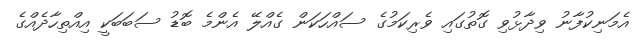
އެމަނިކުފާނު ވިދާޅުވި ގޮތުގައި ވެރިކަމުގެ ސައްހަކަން ގެއްލޭ އެންމެ ބޮޑު ސަބަބަކީ އިއްތިހާދެއްގެ